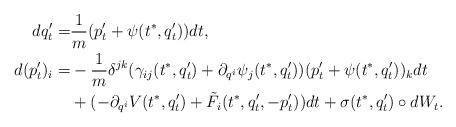
LaTeX: \begin{align*}dq^\prime_t=&\frac{1}{m}(p_t^\prime+\psi(t^*,q_t^\prime))dt,\\d(p_t^\prime)_i=&-\frac{1}{m}\delta^{jk}(\gamma_{ij}(t^*,q_t^\prime)+ \partial_{q^i} \psi_j(t^*,q_t^\prime))(p_t^\prime+\psi(t^*,q_t^\prime))_kdt\\&+(-\partial_{q^i}V(t^*,q_t^\prime)+\tilde F_i(t^*,q_t^\prime,-p_t^\prime))dt+\sigma(t^*,q_t^\prime)\circ dW_t.\end{align*}